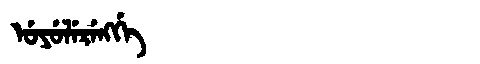
Manchu: ᡠᠶᡠᠯᡝᡵᡝᠩᡤᡝ
Romanization: UYULERENGGE